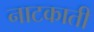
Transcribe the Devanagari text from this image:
नाटकाती